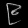
Digit: ၉